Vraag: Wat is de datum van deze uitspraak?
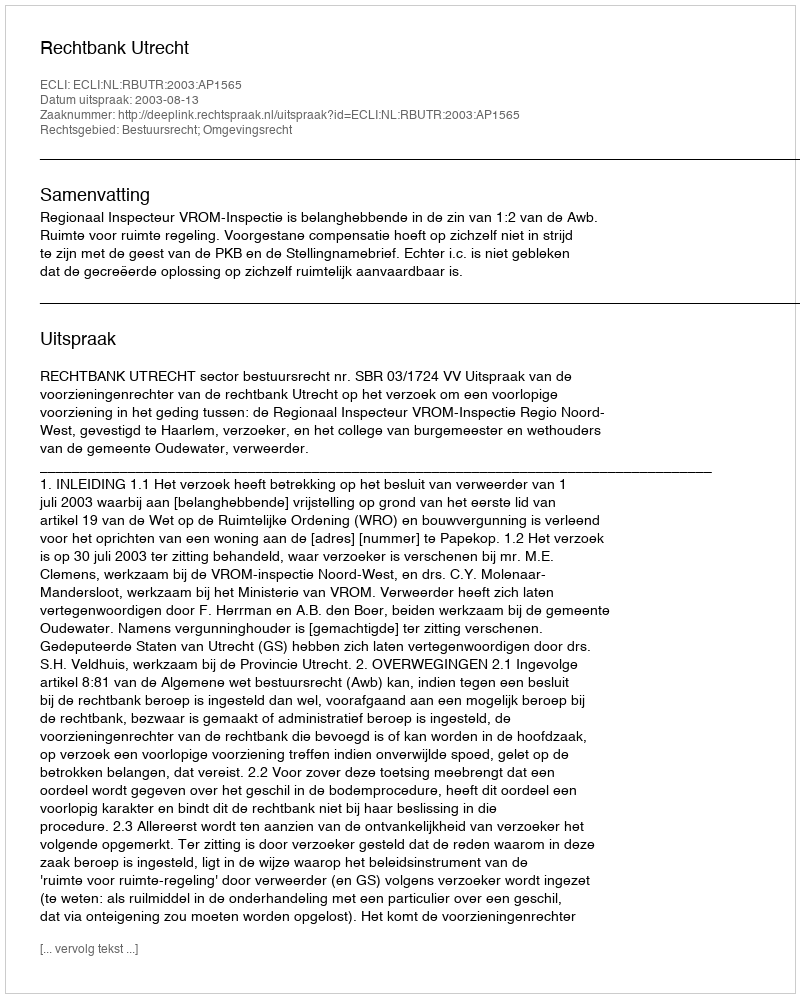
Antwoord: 2003-08-13